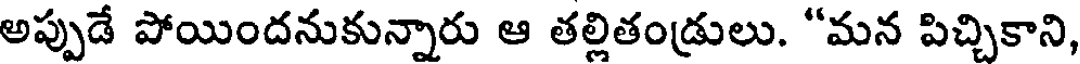
అప్పుడే పోయిందనుకున్నారు ఆ తల్లితండ్రులు. "మన పిచ్చికాని,